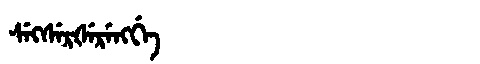
Manchu: ᠰᡝᡴᠰᡝᡵᡧᡝᡵᡝᠩᡤᡝ
Romanization: SEKSERŠERENGGE